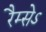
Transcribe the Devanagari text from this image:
रैम्सेऽ